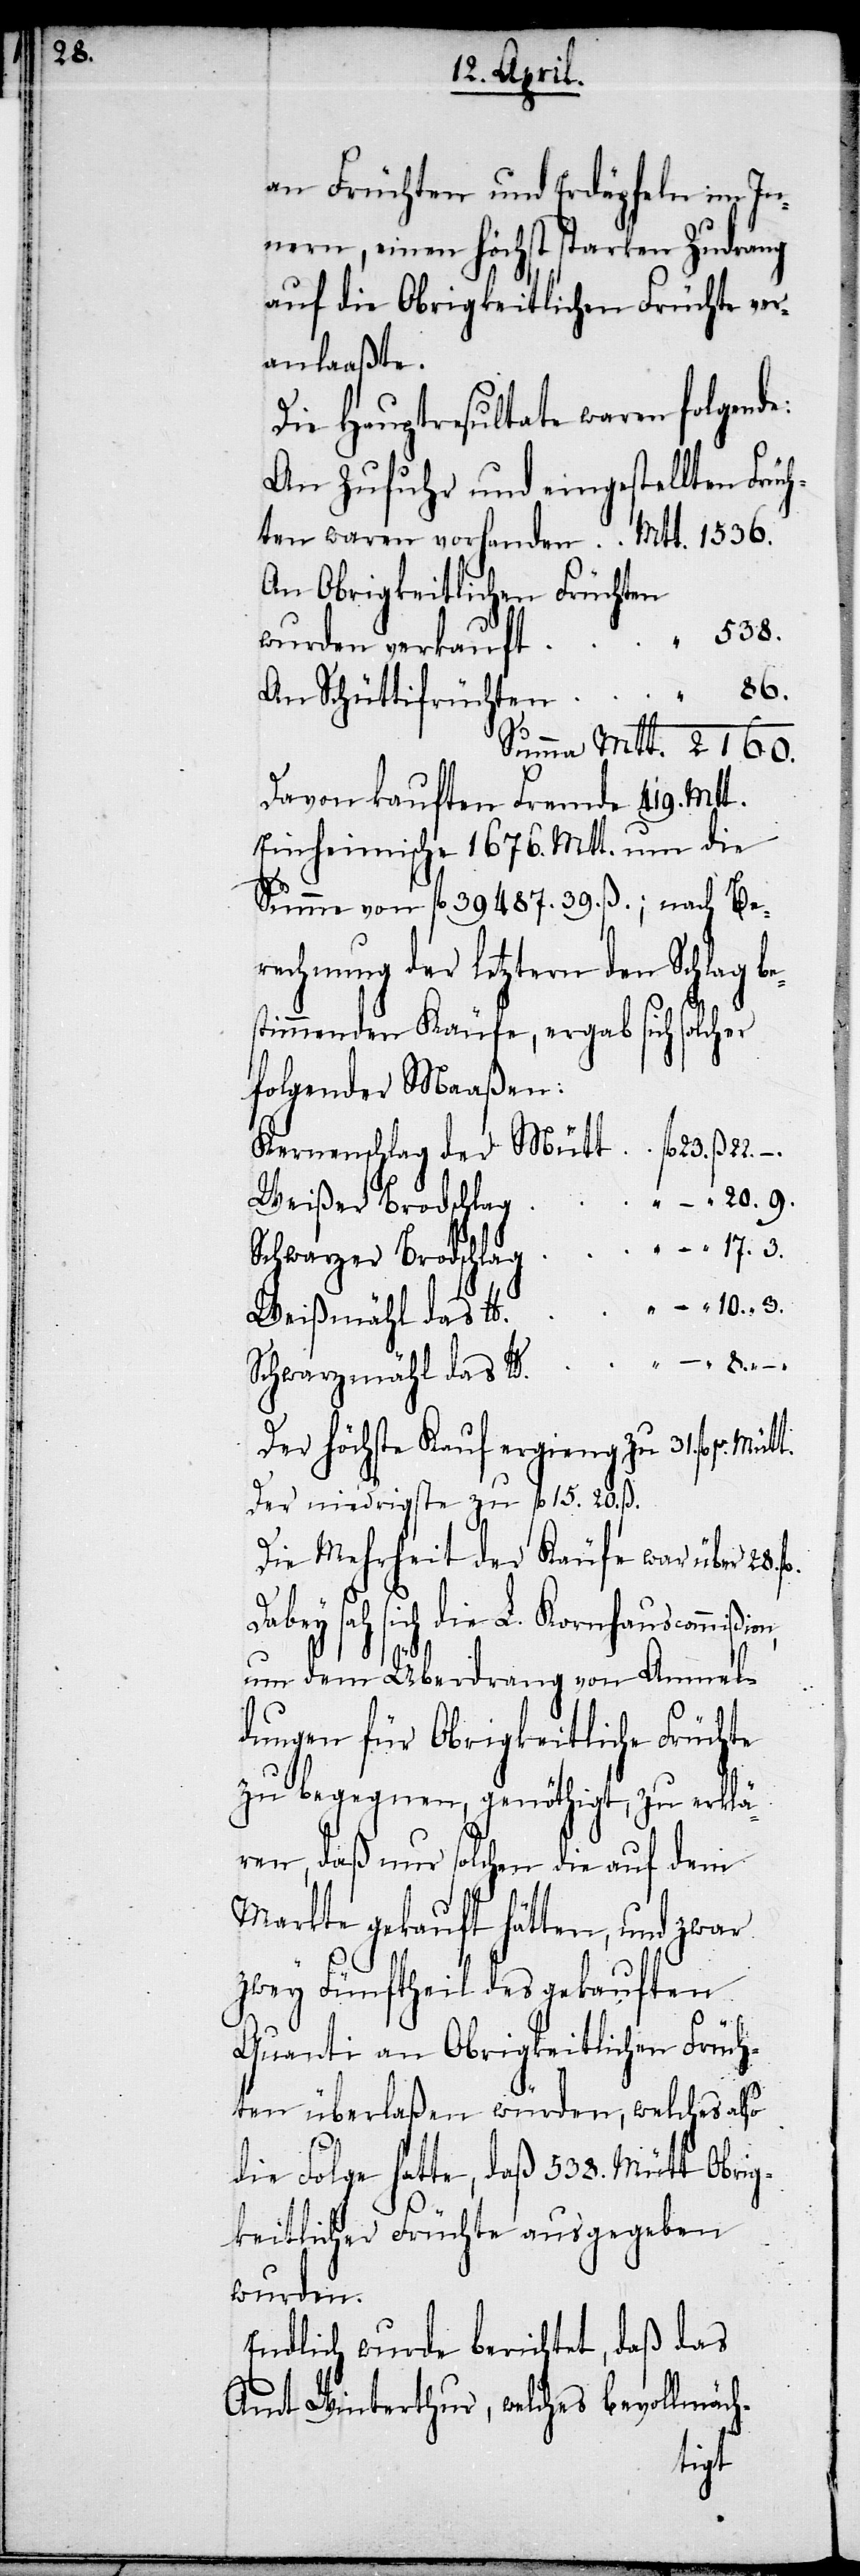
2160.

an Früchten und Erdäpfeln im In¬
nern, einen höchst starken Zudrang
auf die Obrigkeitlichen Früchte ver¬
anlaaßte.
Die Hauptresultate waren folgende:
An Zufuhr und eingestellten Früc¬
An Obrigkeitlichen Früchten
538.
wurden verkauft
Davon kauften Fremde 419. Mtt.
Einheimische 1676. Mtt. um die
Summe von fl. 39 487. 39. ß.; nach Be¬
rechnung der letztern den Schlag bes¬
timmenden Käufe, ergab sich solcher
folgender Maaßen:
Kernenschlag der Mütt	fl.	23.	ß.	22.	–.
Weißmähl das
Schwarzmähl das
Der höchste Kauf ergieng zu 31. fl. pr.
Der niedrigste zu fl. 15. 20. ß.
Die Mehrheit der Käufe war über 28.
Dabey sah sich die L. Kornhauscommißion,
An
um dem Überdrang von Anmel¬
dungen für Obrigkeitliche Früchte
zu begegnen, genöthigt, zu erklä¬
ren, daß nur solchen die auf dem
Markte gekauft hätten, und zwar
zwey Fünftheil des gekauften
Quanti an Obrigkeitlichen Früch¬
ten überlaßen würden, welches also
die Folge hatte, daß 538. Mütt Obrig¬
keitlicher Früchte ausgegeben
wurden.
Endlich wurde berichtet, daß das
Amt Winterthur, welches bevollmäch-